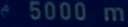
^{\circ}5000\